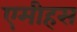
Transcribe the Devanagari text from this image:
एमीहस